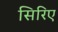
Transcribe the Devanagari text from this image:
सिरिए